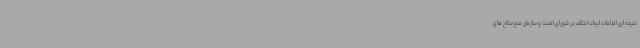
نتیجه این اقدامات، ایجاد اختلاف در شورای امنیت و سازمان منع سلاح های